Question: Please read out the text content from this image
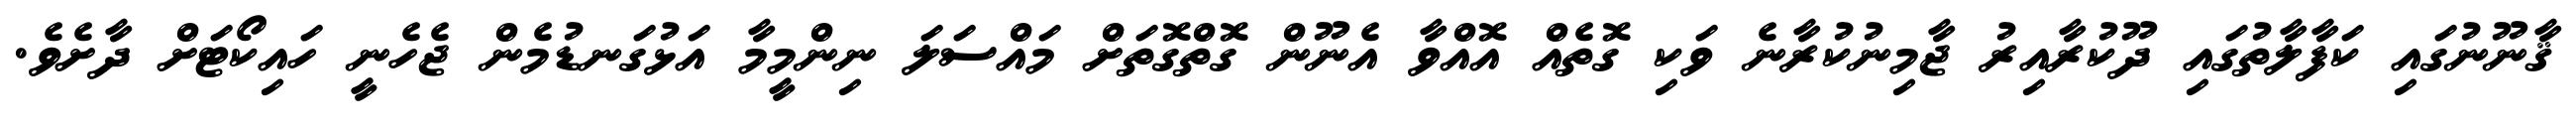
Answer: ޤާނޫނުގައި ކަފާލާތުގައި ދޫކުރާއިރު ޖާމިނުކުރާނެ ވަކި ގޮތެއް އޮއްވާ އެނޫން ގޮތްގޮތަށް މައްސަލަ ނިންމީމާ އަޅުގަނޑުމެން ޖެހެނީ ހައިކޯޓަށް ދާށެވެ.